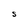
Character: S